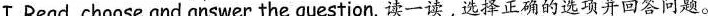
Ⅰ.Read, choose and answer the question. 读一读,选择正确的选项并回答问题.